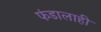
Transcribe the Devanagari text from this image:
फंडालाही